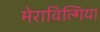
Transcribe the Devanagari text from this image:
मेराविल्गिया